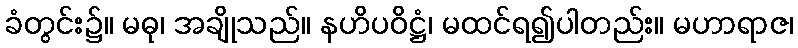
ခံတွင်း၌။ မဓု၊ အချိုသည်။ နဟိပဝိဋ္ဌံ၊ မထင်ရ၍ပါတည်း။ မဟာရာဇ၊